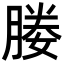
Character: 媵